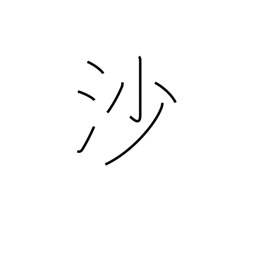
Meaning: sand